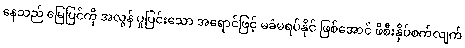
နေသည် မြေပြင်ကို အလွန် ပူပြင်းသော အရောင်ဖြင့် မခံမရပ်နိုင် ဖြစ်အောင် ဖိစီးနှိပ်စက်လျက်